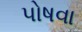
પોષવા